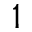
1